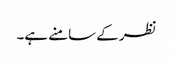
نظر کے سامنے ہے۔